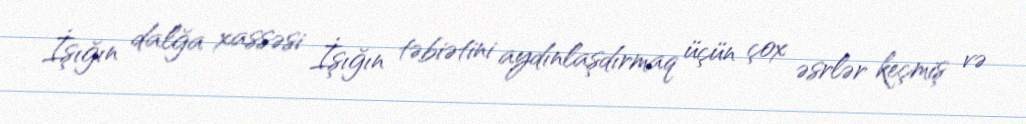
İşığın dalğa xassəsi İşığın təbiətini aydınlaşdırmaq üçün çox əsrlər keçmiş və